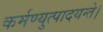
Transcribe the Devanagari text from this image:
कर्मण्युत्पादयन्ते।